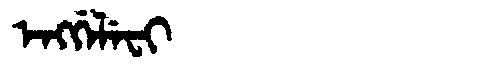
Manchu: ᡝᠩᡤᡝᠯᡝᠸᡳ
Romanization: ENGGELEFI